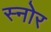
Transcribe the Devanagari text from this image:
स्नोर